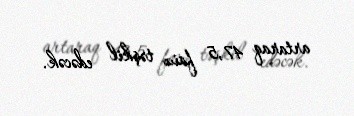
artaraq 47,5 faiz təşkil edəcək.